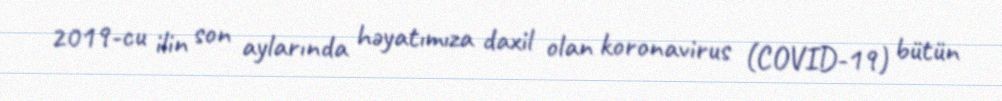
2019-cu ilin son aylarında həyatımıza daxil olan koronavirus (COVID-19) bütün